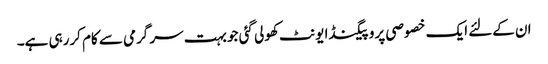
ان کےلئے ایک خصوصی پروپیگنڈا یونٹ کھولی گئی جو بہت سر گرمی سے کام کررہی ہے۔